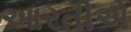
આરતીએ